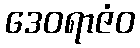
ဒေဝရာဇံဝ